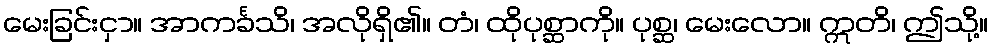
မေးခြင်းငှာ။ အာကင်္ခသိ၊ အလိုရှိ၏။ တံ၊ ထိုပုစ္ဆာကို။ ပုစ္ဆ၊ မေးလော။ ဣတိ၊ ဤသို့။